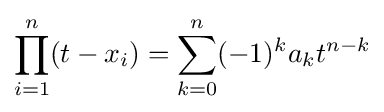
\prod _{i=1}^{n}(t-x_{i})=\sum _{k=0}^{n}(-1)^{k}a_{k}t^{n-k}